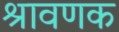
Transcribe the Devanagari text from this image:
श्रावणक